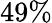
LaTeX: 49\%